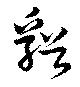
谿